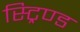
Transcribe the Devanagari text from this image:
स्ट्रिण्ड